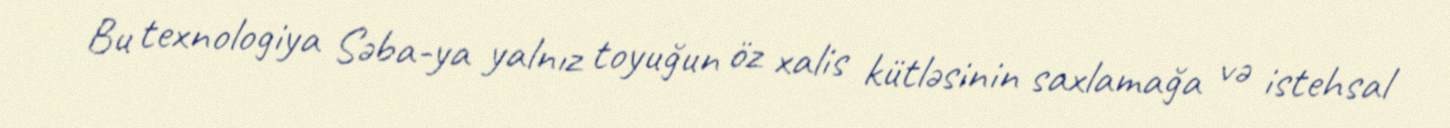
Bu texnologiya Səba-ya yalnız toyuğun öz xalis kütləsinin saxlamağa və istehsal